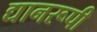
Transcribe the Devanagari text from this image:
द्यानरूपी